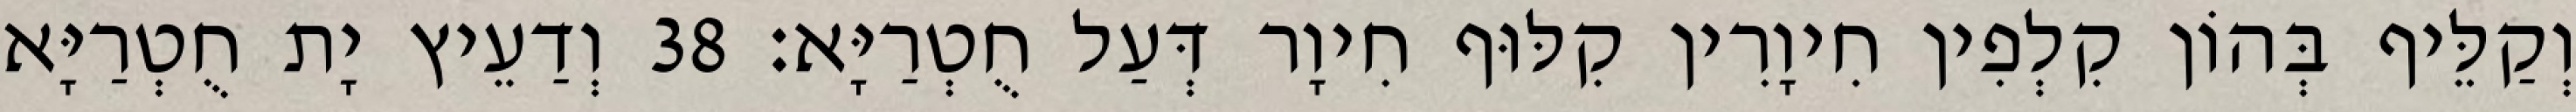
וְקַלֵּיף בְּהוֹן קִלְפִין חִיוָרִין קִלּוּף חִיוָר דְּעַל חֻטְרַיָּא׃ 38 וְדַעֵיץ יָת חֻטְרַיָּא